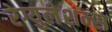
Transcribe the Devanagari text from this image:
रेग्युलेशन्स